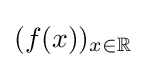
(f(x))_{x\in \mathbb {R} }